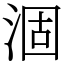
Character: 涸